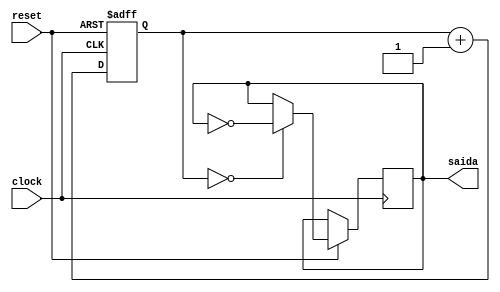
module divisor_de_frequencia(clock, reset, saida);

	input clock, reset;
	
	output reg saida;
	
	parameter INICIAL = 27'd0, PASSO = 27'd1;
	
	reg [26:0] contador = INICIAL;
	
	initial saida = 0;
	
	always @ (posedge clock or negedge reset) begin
		
		if (!reset) contador = INICIAL;
		
		else begin
			
			if (contador == INICIAL) saida = !saida;
			
			contador = contador + PASSO;
			
		end
		
	end
		
endmodule